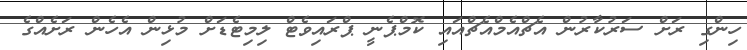
ހިންގި ރަށް ސަރުކާރުން އެޗްއެމްއެޗްއައި ކޮމްޕެނީ ޕްރައިވެޓް ލިމިޓެޑަށް މުޅިން އެހެން ރަށެއްގެ